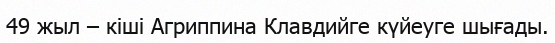
49 жыл – кіші Агриппина Клавдийге күйеуге шығады.